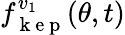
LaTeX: f_{\mathrm{~k~e~p~}}^{v_{1}}(\theta,t)